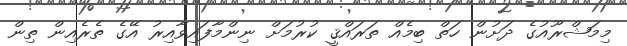
މިމަޝްރޫއުގެ ދަށުން ހަތް ބިމެއް ތަރައްޤީ ކުރުމަށް ނިންމާފައިވާއިރު އޭގެ ތެރެއިން ތިން